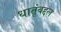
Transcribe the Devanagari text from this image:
धातूंबद्दल